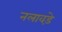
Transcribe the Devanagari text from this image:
नलावडे़